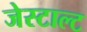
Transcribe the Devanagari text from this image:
जेस्टाल्ट